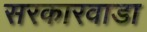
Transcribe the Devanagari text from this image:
सरकारवाडा